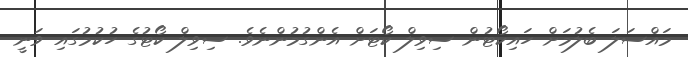
މައްސަލަ ބެލުމަށް ހައިކޯޓުން ސިވިލް ކޯޓަށް އެންގުމުންނެވެ. ސިވިލް ކޯޓުގެ ހުކުމުގައި ވަނީ